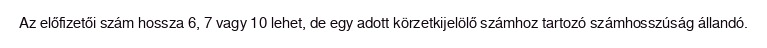
Az előfizetői szám hossza 6, 7 vagy 10 lehet, de egy adott körzetkijelölő számhoz tartozó számhosszúság állandó.